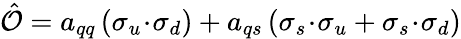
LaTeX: \hat{\cal O}=a_{qq}\, (\sigma_{u}\! \cdot\! \sigma_{d})+a_{qs}\, (\sigma_{s}\! \cdot\! \sigma_{u}+\sigma_{s}\! \cdot\! \sigma_{d})